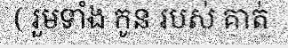
( រួមទាំង កូន របស់ គាត់